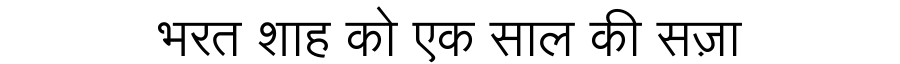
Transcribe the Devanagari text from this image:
भरत शाह को एक साल की सज़ा